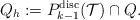
LaTeX: \begin{align*} Q_h := {P}_{k-1}^{\mathrm{disc}}(\mathcal{T}) \cap Q.\end{align*}